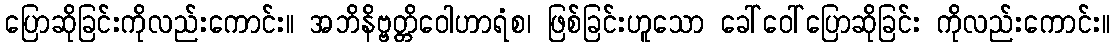
ပြောဆိုခြင်းကိုလည်းကောင်း။ အဘိနိဗ္ဗတ္တိဝေါဟာရံစ၊ ဖြစ်ခြင်းဟူသော ခေါ်ဝေါ်ပြောဆိုခြင်း ကိုလည်းကောင်း။